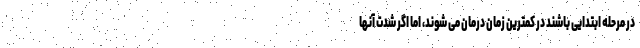
در مرحله ابتدایی باشند در کمترین زمان درمان می شوند، اما اگر شدت آنها